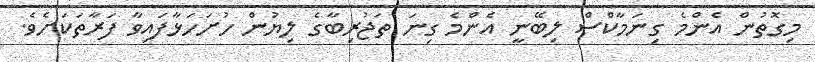
މިގޮތުން އެންމެ ގިނަމާކްސް ލިބޭނީ އެންމެ ގިނަ ތަޖުރިބާގެ ލިޔުން ހުށަހަޅާފައިވާ ފަރާތަކަށެވެ.